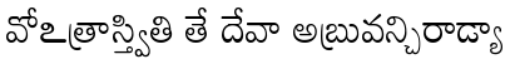
వోఽత్రాస్త్వితి తే దేవా అబ్రువన్చిరాడ్యా